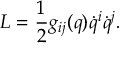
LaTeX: L = \frac { 1 } { 2 } g _ { i j } ( q ) \dot { q } ^ { i } \dot { q } ^ { j } .